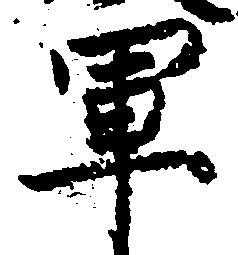
軍